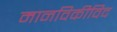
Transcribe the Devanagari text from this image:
मानविकीविद